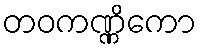
တဝကဏ္ဏိကော